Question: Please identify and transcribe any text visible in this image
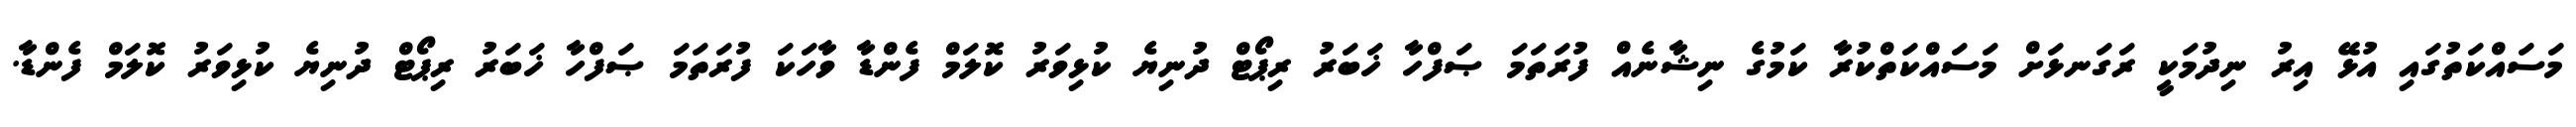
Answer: މަސައްކަތުގައި އުޅޭ އިރު ނިދުމަކީ ރަގަނޅަށް މަސައްކަތްކުރާ ކަމުގެ ނިޝާނެއް ފުރަތަމަ ޞަފްހާ ޚަބަރު ރިޕޯޓް ދުނިޔެ ކުޅިވަރު ކޮލަމް ފެންޑާ ވާހަކަ ފުރަތަމަ ޞަފްހާ ޚަބަރު ރިޕޯޓް ދުނިޔެ ކުޅިވަރު ކޮލަމް ފެންޑާ.